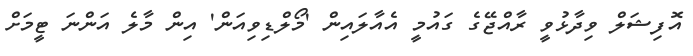
އޮފިޝަލް ވިދާޅުވީ ރާއްޖޭގެ ގައުމީ އެއާލައިން 'މޯލްޑިވިއަން' އިން މާލެ އަންނަ ޓީމަށް